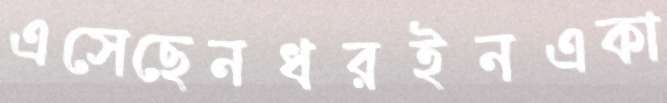
এসেছেনধরইনএকা